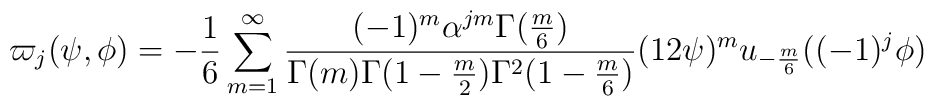
\varpi_j(\psi,\phi) = -\frac{1}{6}\sum_{m=1}^{\infty}\frac{(-1)^m\alpha^{jm}\Gamma(\frac{m}{6})}{\Gamma(m)\Gamma(1-\frac{m}{2})\Gamma^2(1-\frac{m}{6})}(12\psi)^mu_{-\frac{m}{6}}((-1)^j\phi)